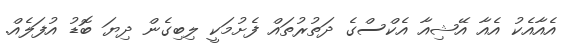
އެއާއެކު އެއާ އޭޝިއާ އެކްސްގެ ދަތުރުތައް ފެށުމަކީ ލިބިގެން ދިޔަ ބޮޑު އުފަލެއް.